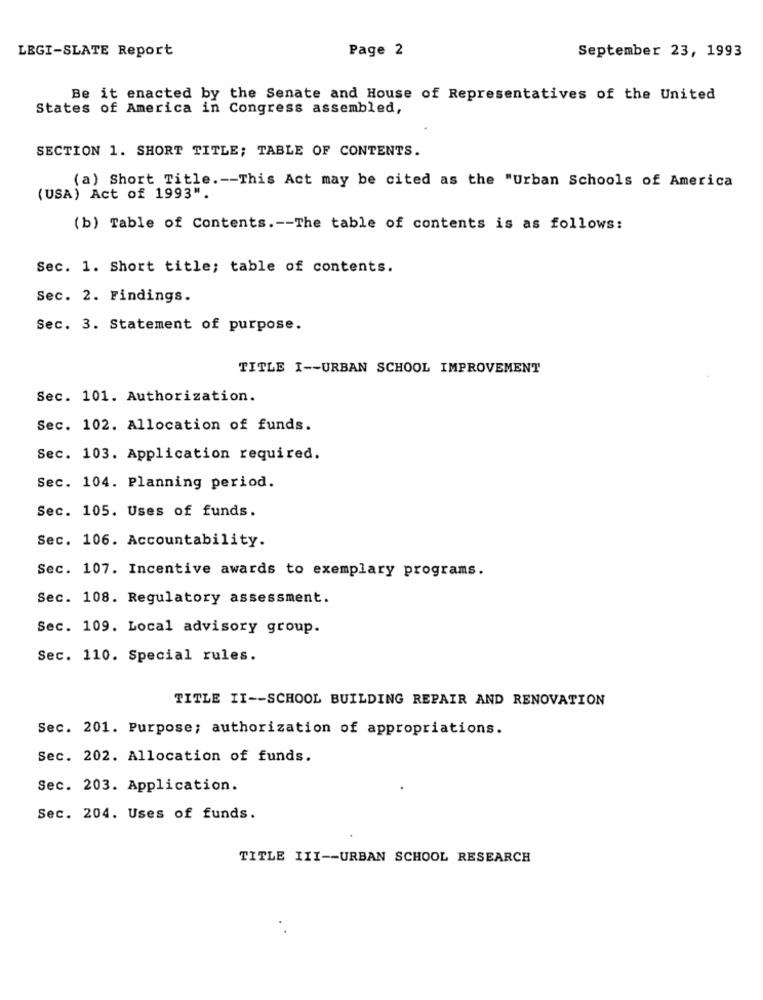
LEGI-SLATE Report
Page 2
September 23, 1993
Be it enacted by the Senate and House of Representatives of the United
States of America in Congress assembled,
SECTION 1. SHORT TITLE; TABLE OF CONTENTS.
(a) Short Title .-- This Act may be cited as the "Urban Schools of America
(USA) Act of 1993".
(b) Table of Contents .-- The table of contents is as follows:
Sec. 1. Short title; table of contents.
Sec. 2. Findings.
Sec. 3. Statement of purpose.
TITLE I -- URBAN SCHOOL IMPROVEMENT
Sec. 101. Authorization.
Sec. 102. Allocation of funds.
Sec. 103. Application required.
Sec. 104. Planning period.
Sec. 105. Uses of funds.
Sec. 106. Accountability.
Sec. 107. Incentive awards to exemplary programs.
Sec. 108. Regulatory assessment.
Sec. 109. Local advisory group.
Sec. 110. Special rules.
TITLE II -- SCHOOL BUILDING REPAIR AND RENOVATION
Sec. 201. Purpose; authorization of appropriations.
Sec. 202. Allocation of funds.
Sec. 203. Application.
Sec. 204. Uses of funds.
TITLE III -- URBAN SCHOOL RESEARCH